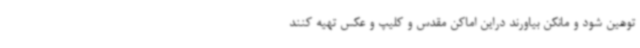
توهین شود و مانکن بیاورند دراین اماکن مقدس و کلیپ و عکس تهیه کنند